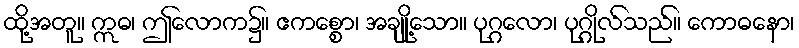
ထို့အတူ။ ဣဓ၊ ဤလောက၌။ ဧကစ္စော၊ အချို့သော။ ပုဂ္ဂလော၊ ပုဂ္ဂိုလ်သည်။ ကောဓနော၊